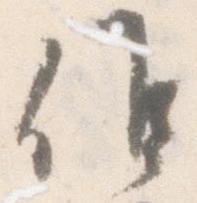
候